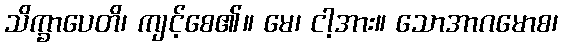
သိက္ခာပေတိ၊ ကျင့်စေ၏။ မေ၊ ငါ့အား။ သောအာဂမောစ၊